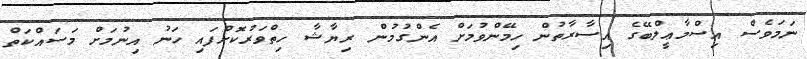
ނަމަވެސް އިސްމާޢީލްބޭގެ އިސާރާތުން ހިމޭންވުމަށް އެންގުމުން ރިޔާޝާ ހިތްވަރުކޮށްފައި ހަނު އިނުމަށް މަސައްކަތް